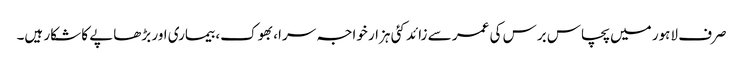
صرف لاہور میں پچاس برس کی عمر سے زائد کئی ہزار خواجہ سرا، بھوک، بیماری اور بڑھاپے کا شکار ہیں۔